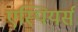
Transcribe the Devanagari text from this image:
एस्पियर्स